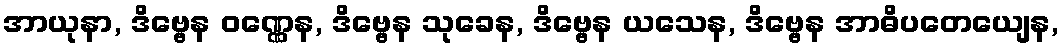
အာယုနာ, ဒိဗ္ဗေန ဝဏ္ဏေန, ဒိဗ္ဗေန သုခေန, ဒိဗ္ဗေန ယသေန, ဒိဗ္ဗေန အာဓိပတေယျေန,